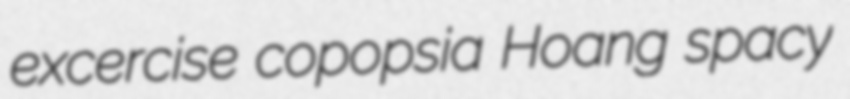
excercise copopsia Hoang spacy